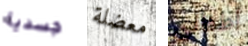
جسدية معضلة أطفالى